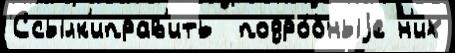
Ссылк'иправ'ить  подро́бныjе н'их